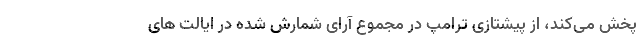
پخش می‌کند، از پیشتازی ترامپ در مجموع آرای شمارش شده در ایالت های